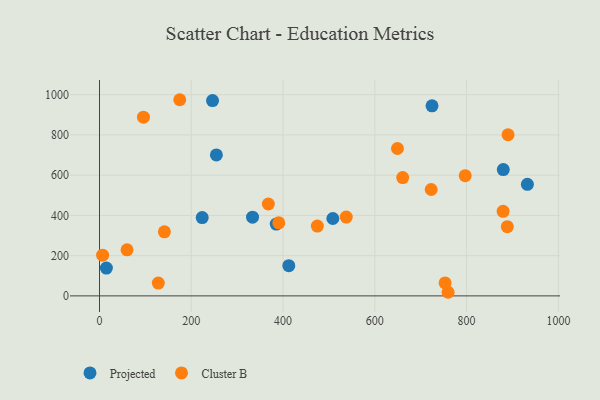
{"axis": {"x": "Investment", "y": "Profit"}, "legend": ["Cluster B", "Projected"], "data": [{"x": "508.5", "y": 384.5, "type": "Projected"}, {"x": "412.5", "y": 149.9, "type": "Projected"}, {"x": "932.4", "y": 554.3, "type": "Projected"}, {"x": "223.8", "y": 389.4, "type": "Projected"}, {"x": "333.5", "y": 391.2, "type": "Projected"}, {"x": "724.6", "y": 944.4, "type": "Projected"}, {"x": "15.0", "y": 138.3, "type": "Projected"}, {"x": "879.9", "y": 627.9, "type": "Projected"}, {"x": "246.3", "y": 970.7, "type": "Projected"}, {"x": "385.1", "y": 356.8, "type": "Projected"}, {"x": "254.7", "y": 700.3, "type": "Projected"}, {"x": "649.3", "y": 732.5, "type": "Cluster B"}, {"x": "879.5", "y": 420.4, "type": "Cluster B"}, {"x": "759.7", "y": 17.9, "type": "Cluster B"}, {"x": "174.9", "y": 974.9, "type": "Cluster B"}, {"x": "660.7", "y": 588.1, "type": "Cluster B"}, {"x": "6.8", "y": 202.4, "type": "Cluster B"}, {"x": "474.7", "y": 347.0, "type": "Cluster B"}, {"x": "367.9", "y": 456.7, "type": "Cluster B"}, {"x": "888.7", "y": 344.1, "type": "Cluster B"}, {"x": "60.0", "y": 228.8, "type": "Cluster B"}, {"x": "753.1", "y": 64.3, "type": "Cluster B"}, {"x": "128.1", "y": 63.5, "type": "Cluster B"}, {"x": "722.8", "y": 528.7, "type": "Cluster B"}, {"x": "141.4", "y": 318.3, "type": "Cluster B"}, {"x": "95.8", "y": 888.4, "type": "Cluster B"}, {"x": "890.3", "y": 800.7, "type": "Cluster B"}, {"x": "390.7", "y": 363.3, "type": "Cluster B"}, {"x": "537.7", "y": 391.5, "type": "Cluster B"}, {"x": "796.9", "y": 597.2, "type": "Cluster B"}]}